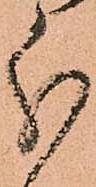
分